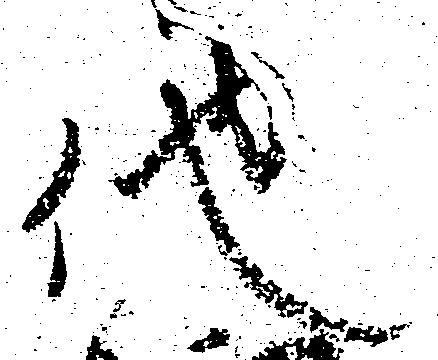
他